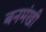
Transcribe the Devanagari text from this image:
बनमंखी